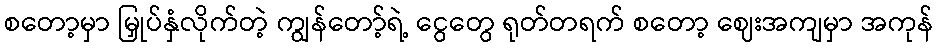
စတော့မှာ မြှုပ်နှံလိုက်တဲ့ ကျွန်တော့်ရဲ့ ငွေတွေ ရုတ်တရက် စတော့ ဈေးအကျမှာ အကုန်